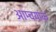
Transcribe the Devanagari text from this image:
आम्चयांकं